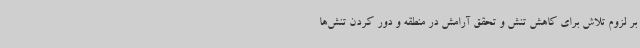
بر لزوم تلاش برای کاهش تنش و تحقق آرامش در منطقه و دور کردن تنش‌ها